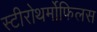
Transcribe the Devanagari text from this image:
स्टीरोथर्मोफिलस